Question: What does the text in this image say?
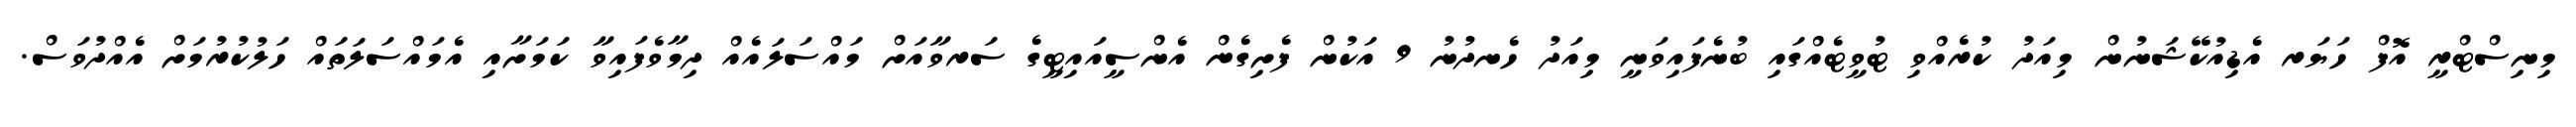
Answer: މިނިސްޓްރީ އޮފް ހަޔަރ އެޑިއުކޭޝަނުން މިއަދު ކުރެއްވި ޓުވީޓެއްގައި ބުނެފައިވަނީ މިއަދު ހެނދުނު 9 އަކުން ފެށިގެން އެންސީއައިޓީގެ ސަރވާއަށް މައްސަލައެއް ދިމާވެފައިވާ ކަމަށާއި އެމައްސަލަތައް ހަލުކުރުމަށް އެއްދުވަސް.